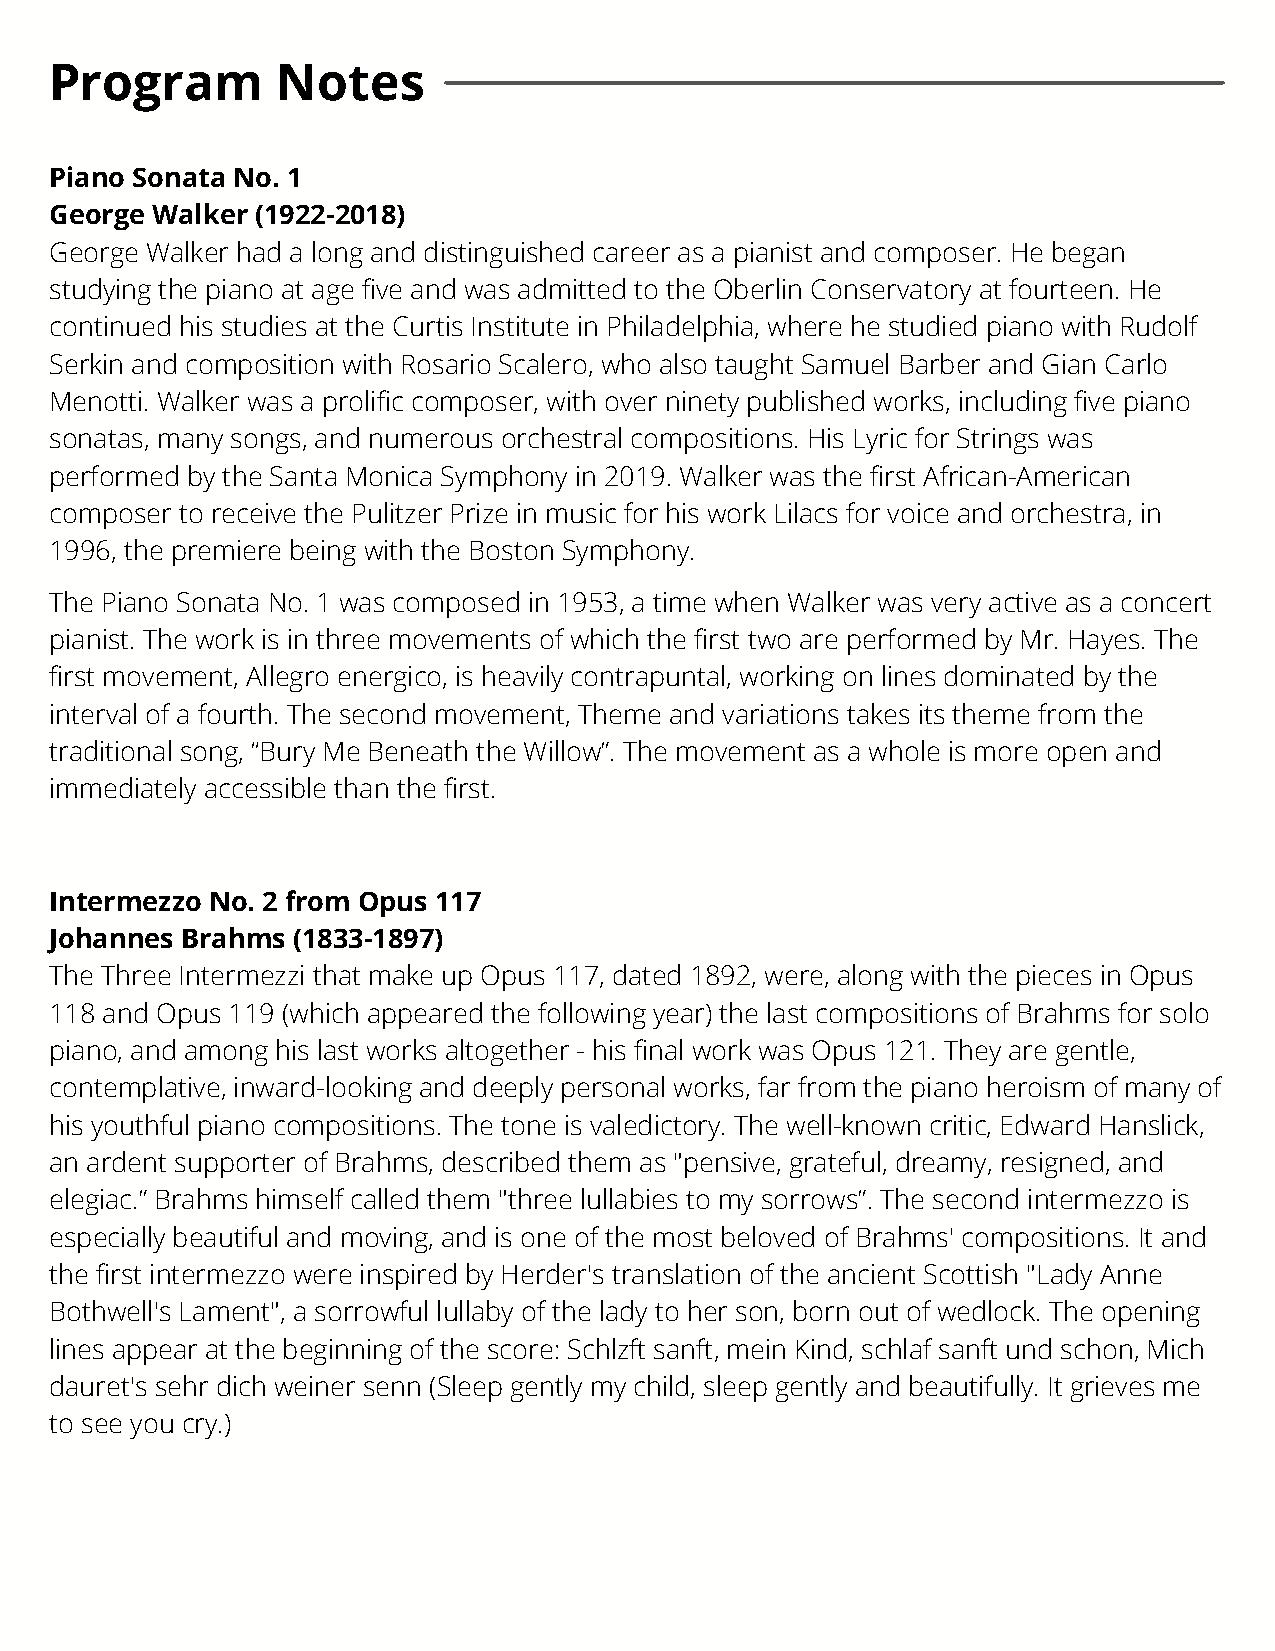
Program        Notes
 Piano Sonata No. 1
 George Walker (1922-2018)
 George Walker had a long and distinguished career as a pianist and composer. He began
 studying the piano at age five and was admitted to the Oberlin Conservatory at fourteen. He
 continued his studies at the Curtis Institute in Philadelphia, where he studied piano with Rudolf
 Serkin and composition with Rosario Scalero, who also taught Samuel Barber and Gian Carlo
 Menotti. Walker was a prolific composer, with over ninety published works, including five piano
 sonatas, many songs, and numerous orchestral compositions. His Lyric for Strings was
 performed by the Santa Monica Symphony in 2019. Walker was the first African-American
 composer to receive the Pulitzer Prize in music for his work Lilacs for voice and orchestra, in
 1996, the premiere being with the Boston Symphony.
 The Piano Sonata No. 1 was composed in 1953, a time when Walker was very active as a concert
 pianist. The work is in three movements of which the first two are performed by Mr. Hayes. The
 first movement, Allegro energico, is heavily contrapuntal, working on lines dominated by the
 interval of a fourth. The second movement, Theme and variations takes its theme from the
 traditional song, “Bury Me Beneath the Willow”. The movement as a whole is more open and
 immediately accessible than the first.
 Intermezzo No. 2 from Opus 117
 Johannes Brahms (1833-1897)
 The Three Intermezzi that make up Opus 117, dated 1892, were, along with the pieces in Opus
 118 and Opus 119 (which appeared the following year) the last compositions of Brahms for solo
 piano, and among his last works altogether - his final work was Opus 121. They are gentle,
 contemplative, inward-looking and deeply personal works, far from the piano heroism of many of
 his youthful piano compositions. The tone is valedictory. The well-known critic, Edward Hanslick,
 an ardent supporter of Brahms, described them as "pensive, grateful, dreamy, resigned, and
 elegiac.” Brahms himself called them "three lullabies to my sorrows”. The second intermezzo is
 especially beautiful and moving, and is one of the most beloved of Brahms' compositions. It and
 the first intermezzo were inspired by Herder's translation of the ancient Scottish "Lady Anne
 Bothwell's Lament", a sorrowful lullaby of the lady to her son, born out of wedlock. The opening
 lines appear at the beginning of the score: Schlzft sanft, mein Kind, schlaf sanft und schon, Mich
 dauret's sehr dich weiner senn (Sleep gently my child, sleep gently and beautifully. It grieves me
 to see you cry.)